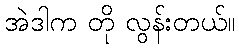
အဲဒါက တို လွန်းတယ်။